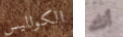
الكواليس أنك